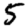
Digit: 5